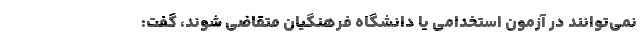
نمی‌توانند در آزمون استخدامی یا دانشگاه فرهنگیان متقاضی شوند، گفت: